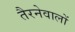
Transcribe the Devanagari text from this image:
तैरनेवालों